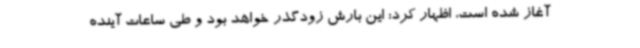
آغاز شده است، اظهار کرد: این بارش زودگذر خواهد بود و طی ساعات آینده